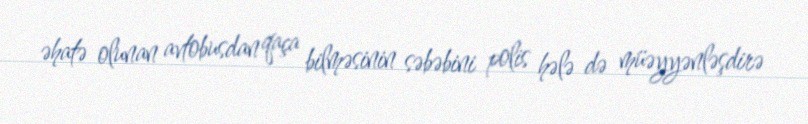
əhatə olunan avtobusdan qaça bilməsinin səbəbini polis hələ də müəyyənləşdirə